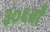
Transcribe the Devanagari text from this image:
३०६वाँ